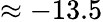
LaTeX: \approx-13.5